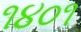
૧૪૦૧